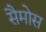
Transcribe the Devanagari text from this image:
सैमोस